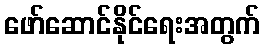
ဖော်ဆောင်နိုင်ရေးအတွက်